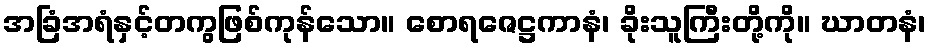
အခြံအရံနှင့်တကွဖြစ်ကုန်သော။ စောရဇေဋ္ဌကာနံ၊ ခိုးသူကြီးတို့ကို။ ဃာတနံ၊